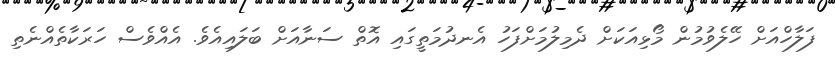
ފަލާހްއަށް ހޭލެވުމުން މޯޅިއަކަށް ދެމިލުމަށްފަހު އެނދުމަތީގައި އޮތް ސަނާއަށް ބަލައިއެވެ. އެއްވެސް ހަރަކާތެއްނެތި